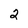
Character: 2